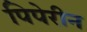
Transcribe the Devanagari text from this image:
पिपेरीन